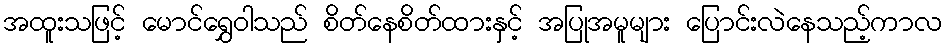
အထူးသဖြင့် မောင်ရွှေဝါသည် စိတ်နေစိတ်ထားနှင့် အပြုအမူများ ပြောင်းလဲနေသည့်ကာလ